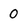
Character: 0